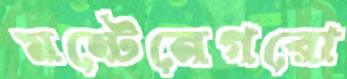
মন্টেনেগরো